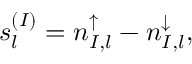
s _ { l } ^ { ( I ) } = n _ { I , l } ^ { \uparrow } - n _ { I , l } ^ { \downarrow } ,